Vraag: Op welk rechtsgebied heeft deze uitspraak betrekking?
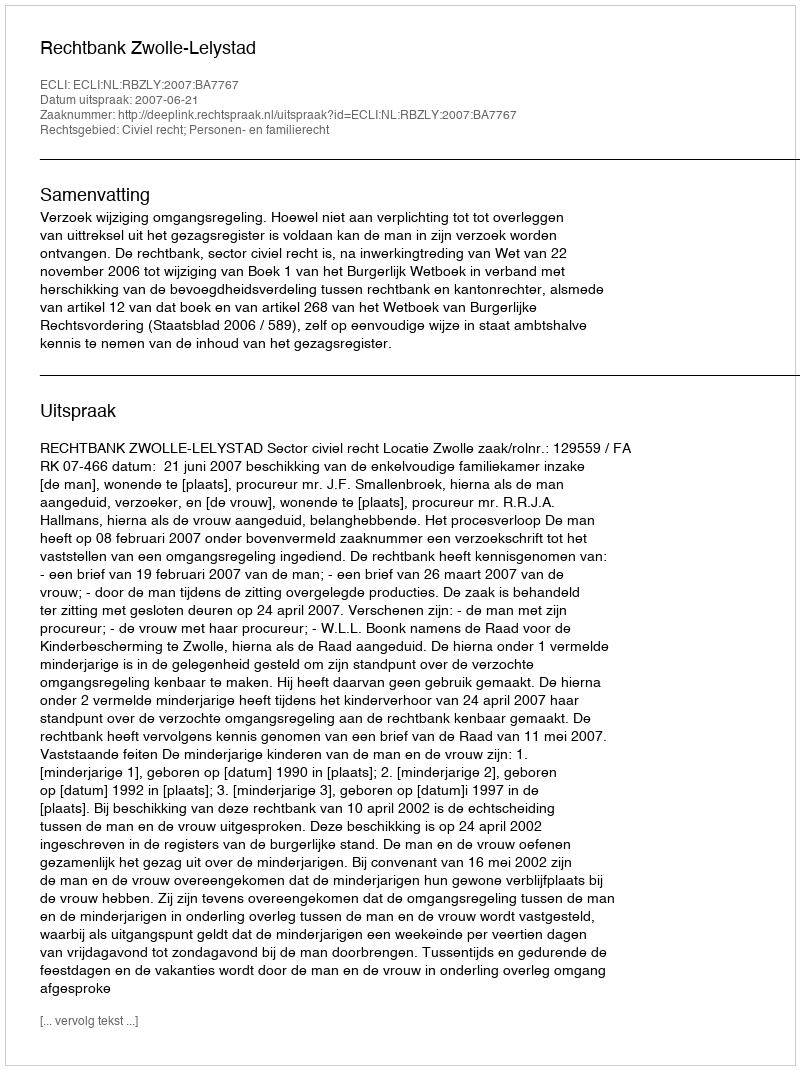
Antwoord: Civiel recht; Personen- en familierecht